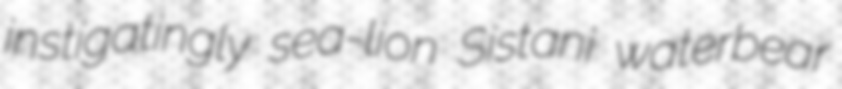
instigatingly sea-lion Sistani waterbear